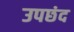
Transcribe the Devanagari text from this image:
उपछंद